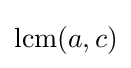
\operatorname {lcm} (a,c)